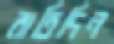
রাত্রিদিন